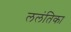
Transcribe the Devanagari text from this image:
ललंतिका